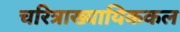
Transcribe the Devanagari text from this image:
चरित्राख्यायिककल